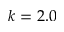
k = 2 . 0